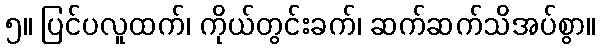
၅။ ပြင်ပလူထက်၊ ကိုယ်တွင်းခက်၊ ဆက်ဆက်သိအပ်စွာ။